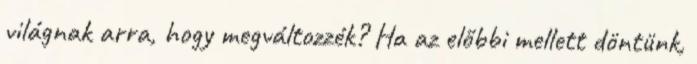
világnak arra, hogy megváltozzék? Ha az előbbi mellett döntünk,